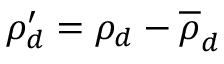
\rho _ { d } ^ { \prime } = \rho _ { d } - \overline { { \rho } } _ { d }